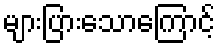
များပြားသောကြောင့်